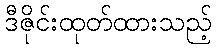
ဒီဇိုင်းထုတ်ထားသည့်